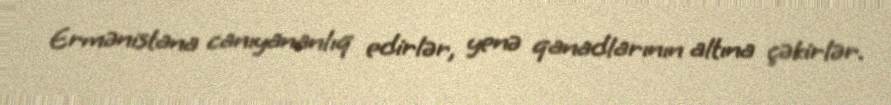
Ermənistana canıyananlıq edirlər, yenə qanadlarının altına çəkirlər.